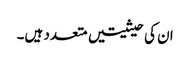
ان کی حیثیتیں متعدد ہیں۔